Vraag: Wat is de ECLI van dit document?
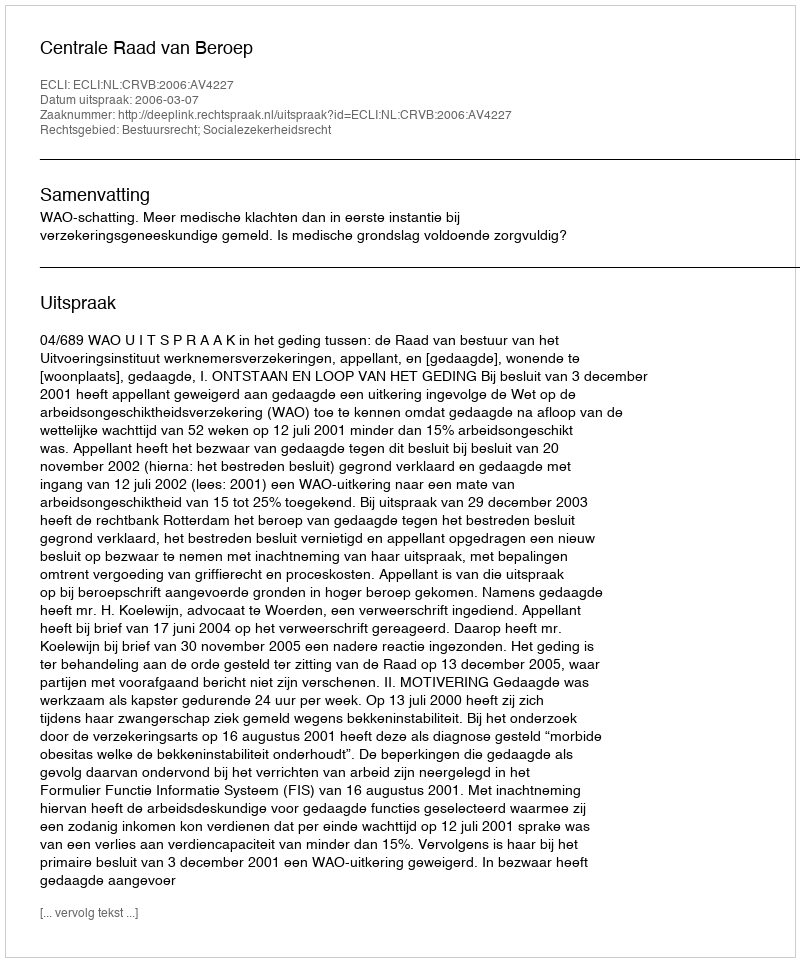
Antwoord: ECLI:NL:CRVB:2006:AV4227